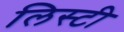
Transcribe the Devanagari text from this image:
लिस्टी